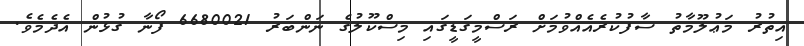
އިތުރު މަޢުލޫމާތު ސާފުކުރެއެއްވުމަށް ރަސްމީގަޑީގައި މިސްކޫލުގެ ނަންބަރު 6680021 ފޯނާ ގުޅުން އެދެމެވެ.